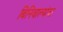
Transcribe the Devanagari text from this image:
बिनिवाल्यांचा